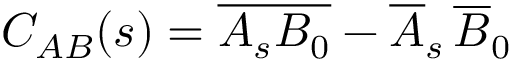
C _ { A B } ( s ) = \overline { { A _ { s } B _ { 0 } } } - \overline { { A } } _ { s } \, \overline { { B } } _ { 0 }